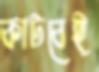
কাটবেই